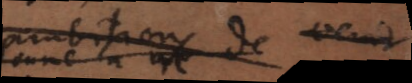
ambitions de venir